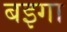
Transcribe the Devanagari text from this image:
बइगा